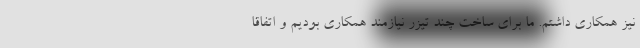
نیز همکاری داشتم. ما برای ساخت چند تیزر نیازمند همکاری بودیم و اتفاقا